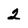
Character: 2